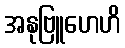
အနုဗြူဟေဟိ